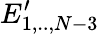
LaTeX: E_{1,..,N-3}^{\prime}